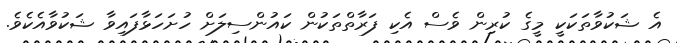
އެ ޝަކުވާތަކަކީ މީގެ ކުރިން ވެސް އެކި ފަރާތްތަކުން ކައުންސިލަށް ހުށަހަޅާފައިވާ ޝަކުވާއެކެވެ.